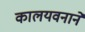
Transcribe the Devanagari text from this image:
कालयवनाने